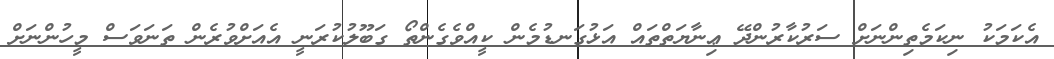
އެކަމަކު ނިކަމެތިންނަށް ސަރުކާރުންދޭ ޢިނާޔަތްތައް އަޅުގަނޑުމެން ކީއްވެގެންތޯ ގަބޫލުކުރަނީ އެއަށްވުރެން ތަނަވަސް މީހުންނަށް